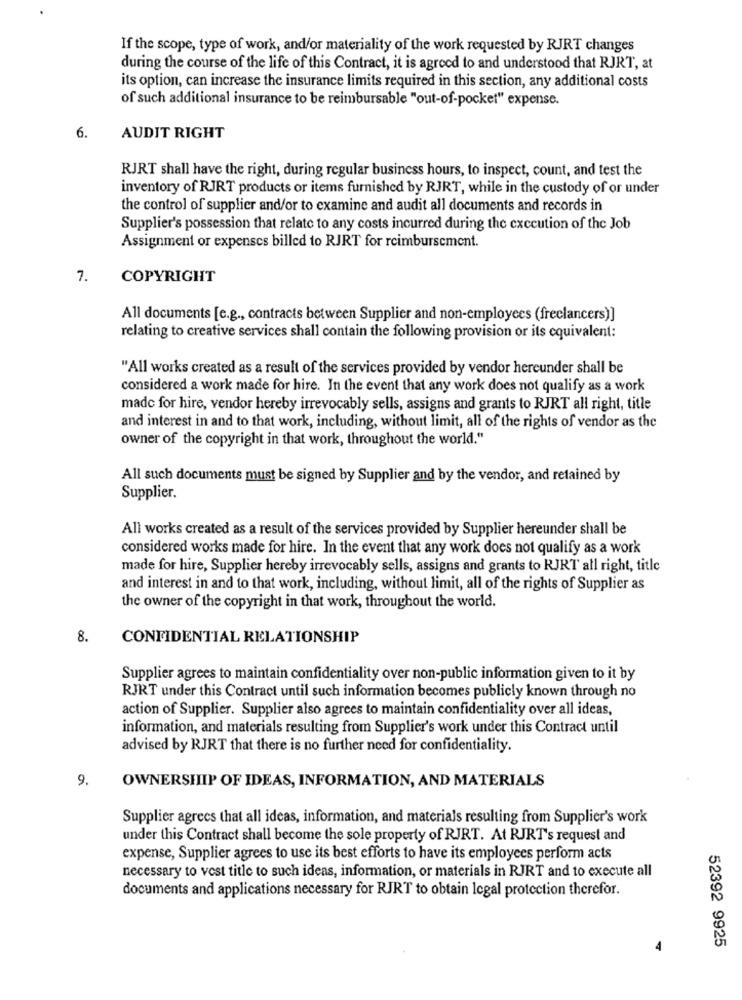
If the scope, type of work, and/or materiality of the work requested by RJRT changes
during the course of the life of this Contract, it is agreed to and understood that RJRT, at
its option, can increase the insurance limits required in this section, any additional costs
of such additional insurance to be reimbursable "out-of-pocket" expense.
6.
AUDIT RIGHT
RJRT shall have the right, during regular business hours, to inspect, count, and test the
inventory of RJRT products or items furnished by RJRT, while in the custody of or under
the control of supplier and/or to examine and audit all documents and records in
Supplier's possession that relate to any costs incurred during the execution of the Job
Assignment or expenses billed to RJRT for reimbursement.
7.
COPYRIGHT
All documents [e.g ., contracts between Supplier and non-employees (freelancers)]
relating to creative services shall contain the following provision or its equivalent:
"All works created as a result of the services provided by vendor hereunder shall be
considered a work made for hire. In the event that any work does not qualify as a work
made for hire, vendor hereby irrevocably sells, assigns and grants to RJRT all right, title
and interest in and to that work, including, without limit, all of the rights of vendor as the
owner of the copyright in that work, throughout the world."
All such documents must be signed by Supplier and by the vendor, and retained by
Supplier.
All works created as a result of the services provided by Supplier hereunder shall be
considered works made for hire. In the event that any work does not qualify as a work
made for hire, Supplier hereby irrevocably sells, assigns and grants to RJRT all right, title
and interest in and to that work, including, without limit, all of the rights of Supplier as
the owner of the copyright in that work, throughout the world.
8.
CONFIDENTIAL RELATIONSHIP
Supplier agrees to maintain confidentiality over non-public information given to it by
RJRT under this Contract until such information becomes publicly known through no
action of Supplier. Supplier also agrees to maintain confidentiality over all ideas,
information, and materials resulting from Supplier's work under this Contract until
advised by RJRT that there is no further need for confidentiality.
9.
OWNERSHIP OF IDEAS, INFORMATION, AND MATERIALS
Supplier agrees that all ideas, information, and materials resulting from Supplier's work
under this Contract shall become the sole property of RJRT. At RJRT's request and
expense, Supplier agrees to use its best efforts to have its employees perform acts
necessary to vest title to such ideas, information, or materials in RJRT and to execute all
documents and applications necessary for RJRT to obtain legal protection therefor.
52392 9925